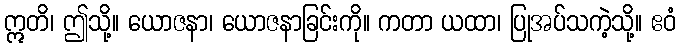
ဣတိ၊ ဤသို့။ ယောဇနာ၊ ယောဇနာခြင်းကို။ ကတာ ယထာ၊ ပြုအပ်သကဲ့သို့။ ဧဝံ